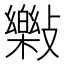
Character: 𣀝